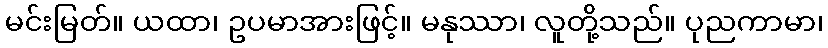
မင်းမြတ်။ ယထာ၊ ဥပမာအားဖြင့်။ မနုဿာ၊ လူတို့သည်။ ပုညကာမာ၊